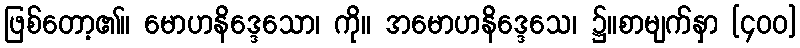
ဖြစ်တော့၏။ မောဟနိဒ္ဒေသော၊ ကို။ အမောဟနိဒ္ဒေသေ၊ ၌။စာမျက်နှာ [၄၀၀]